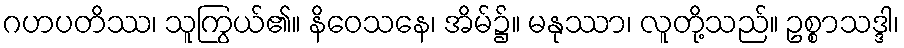
ဂဟပတိဿ၊ သူကြွယ်၏။ နိဝေသနေ၊ အိမ်၌။ မနုဿာ၊ လူတို့သည်။ ဥစ္စာသဒ္ဒါ၊